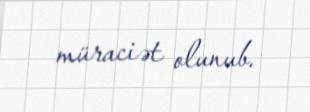
müraciət olunub.